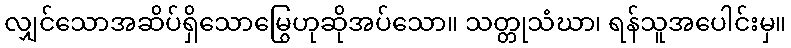
လျှင်သောအဆိပ်ရှိသောမြွေဟုဆိုအပ်သော။ သတ္တုသံဃာ၊ ရန်သူအပေါင်းမှ။